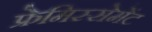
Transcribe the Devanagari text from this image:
फ्रेमिस्सेमेंट